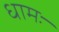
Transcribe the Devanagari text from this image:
धामः